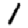
Digit: 1